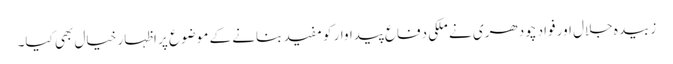
زبیدہ جلال اور فواد چودھری نے ملکی دفاع پیداوار کو مفید بنانے کے موضوع پر اظہار خیال بھی کیا۔